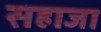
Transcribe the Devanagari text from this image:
सहाजा